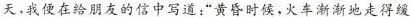
天，我便在给朋友的信中写道：”黄昏时候，火车渐渐地走得缓